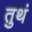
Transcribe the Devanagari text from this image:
तुथं